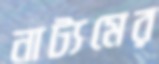
নাট্যমের